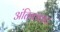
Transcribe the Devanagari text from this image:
अंतिक्काट